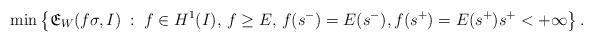
LaTeX: \begin{align*}\min\left\{\mathfrak{E}_{W}(f\sigma,I)\;:\; f\in H^1(I),\, f\geq E,\, f(s^-)=E(s^-),f(s^+)=E(s^+)s^+<+\infty\right\}.\end{align*}